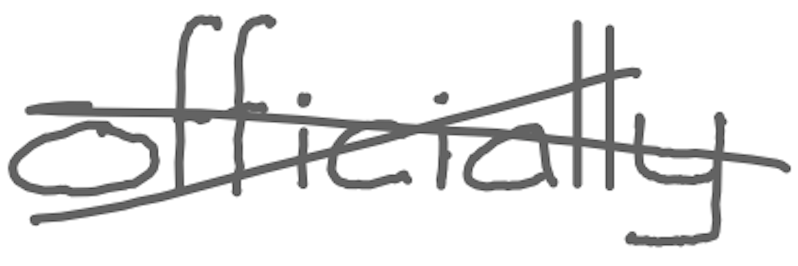
Text: officially
Cross-out: cross
Writing tool: digital_gray